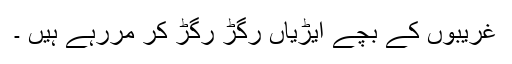
غریبوں کے بچے ایڑیاں رگڑ رگڑ کر مررہے ہیں ۔